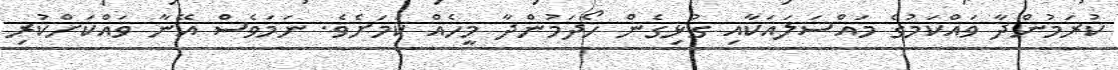
ކުރަމުންދާ ވައްކަމުގެ މައްސަލައަކާއި ގުޅިގެން ހޯދަމުންދާ މީހެއް ކަމަށެވެ. ނަމަވެސް އޭނާ ވައްކަށްކުރި